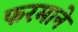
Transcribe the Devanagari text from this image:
फरमाने